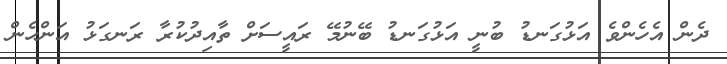
ދެން އެހެންވެ އަޅުގަނޑު ބުނީ އަޅުގަނޑު ބޭނުމޭ ރައީސަށް ތާއިދުކުރާ ރަނގަޅު އަންހެން